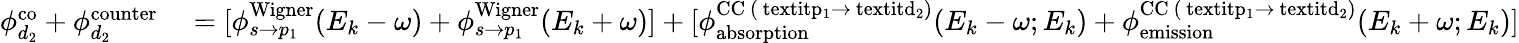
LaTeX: \begin{array}{rl}{\phi_{d_{2}}^{\mathrm{{co}}}+\phi_{d_{2}}^{\mathrm{{counter}}}}&{{}=[\phi_{s\rightarrow p_{1}}^{\mathrm{{Wigner}}}(E_{k}-\omega)+\phi_{s\rightarrow p_{1}}^{\mathrm{{Wigner}}}(E_{k}+\omega)]+[\phi_{\mathrm{{absorption}}}^{\mathrm{{CC}~(\ textit{p}_{1}\rightarrow\ textit{d}_{2})}}(E_{k}-\omega;E_{k})+\phi_{\mathrm{{emission}}}^{\mathrm{{CC}~(\ textit{p}_{1}\rightarrow\ textit{d}_{2})}}(E_{k}+\omega;E_{k})]}\end{array}